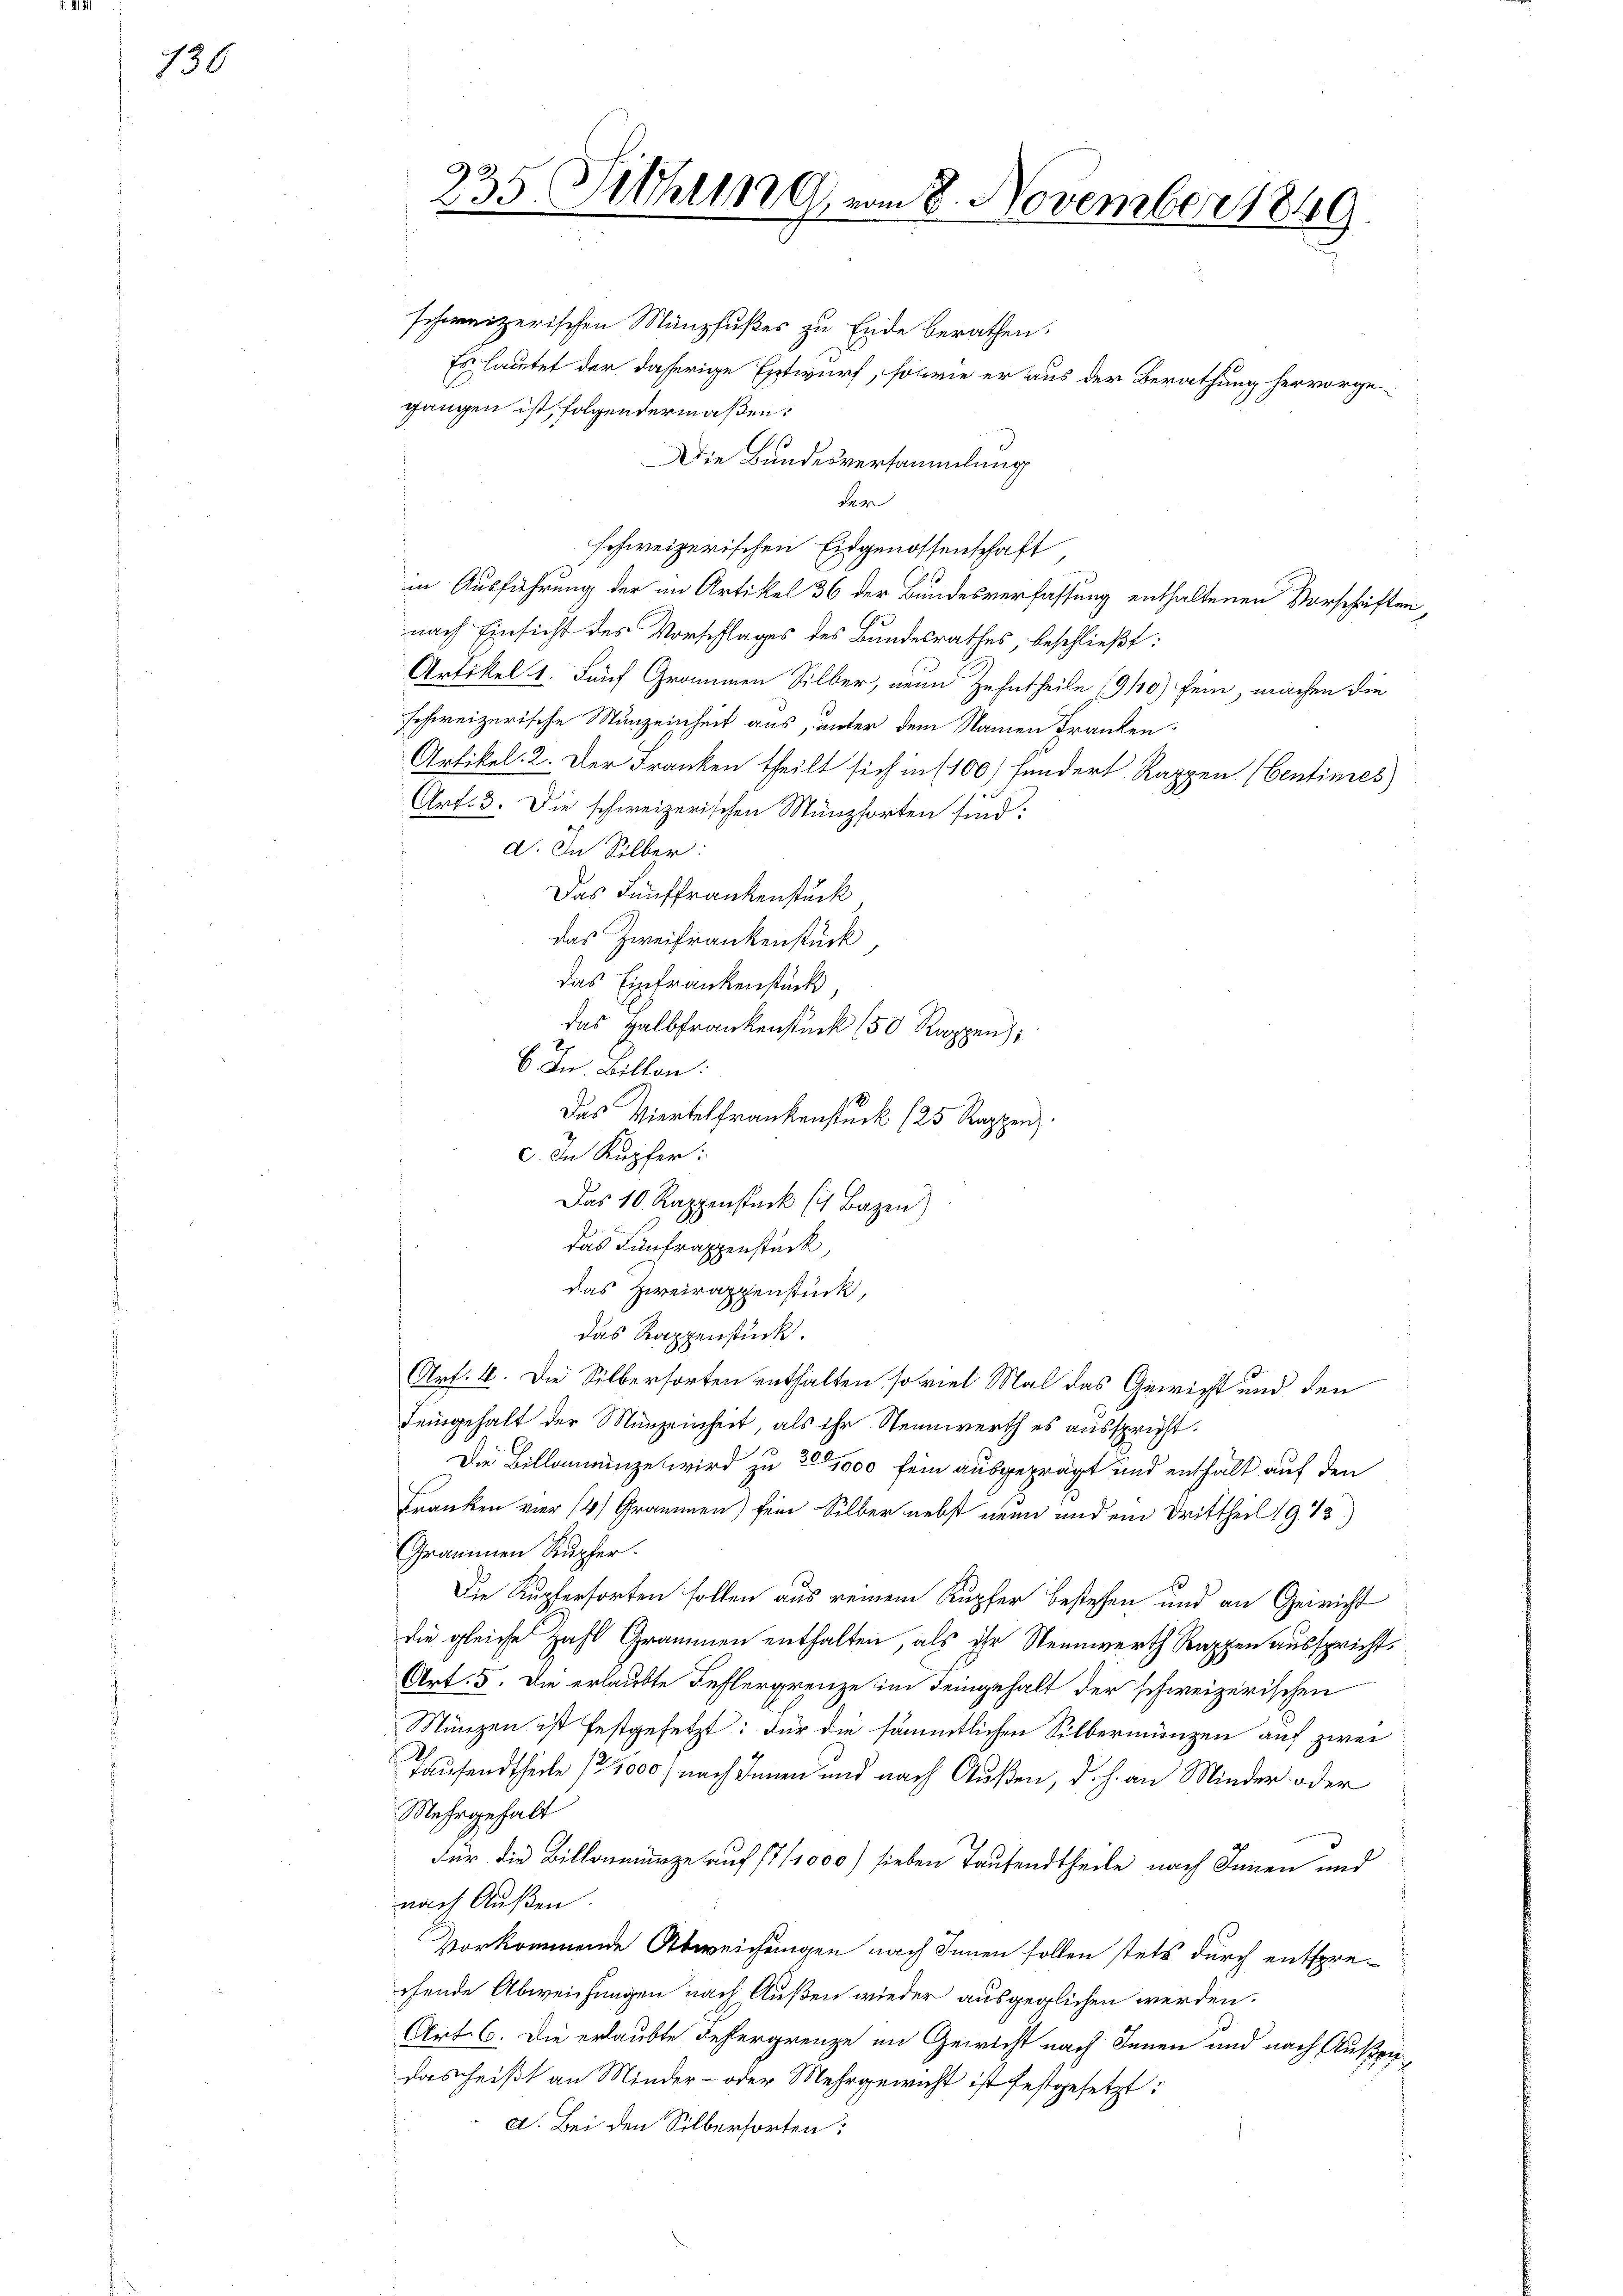
130

235 Sitzung vom 8. November 1849.

schweizerischen Münzfußes zu Ende berathen.
Es lautet der daherige Entwurf, sowie er aus der Berathung hervorgegangen ist, folgendermaßen:
Die Bundesversammlung
der
schweizerischen Eidgenossenschaft
in Ausführung der im Artikel 36 der Bundesverfassung enthaltenen Vorschriften,
nach Einsicht des Vorschlages des Bundesrathes, beschließt:
Artikel 1. Fünf Grommen Silber, neun Zehntheile 1910) sein, machen die
schweizerische Münzeinheit aus, unter dem Namen Franken-
Artikel. 2. Der Franken theilt sich in (100/ fundert Rappen (Centimes)
Art. 3. Die schweizerischen Munzforten sind:
d. In Silber:
Das Fünffrankenstück
das Zweifrankenstück,
das Einfrankenstück,
das Halbfrankenstück (50 Rappen);
r
C. In Billon:
Das Viertelfrankenstück (25 Rappen.
2
c. In Kupfer:
Das 10. Rappenstück ( Bazen)
das Fünfrappenstück,
das Zweirappenstück,
das Kappenstück.
Art. 4. Die Silberforten enthalten so viel Mal das Gewicht und den
Leingehalt der Münzeinheit, als ihr Nennwerth es ausspricht.
Die Billannunge wird zu 200,000 fein ausgeprägt und enthält auf den
Franken vier 14) Grammen) sein Silber nebst neun und ein Drittheil 1943.)
Grammen Kupfer.
Die Kupferforten sollen aus reinem Kupfer bestehen und an Gericht
die gleiche Zahl Grammen enthalten, als ihr Nennwerth Rappen ausspricht,
Art. 5. Die erlaubte Fehlergrenze im Deingehalt der schweizerischen
Münzen ist festgesetzt: Für die sämmtlichen Silbermünzen auf zwei
Tausendtheile 172000, nach Innen und nach Außen, d. h. an Minder oder
Mehrgehalt
Für die Billamünze auf 17/1000) sieben Taufendtheile nach Innen und
nach Außen.
vorkommende Abweichungen nach Innen sollen stets durch entsprechende Abweichungen nach Außen wieder ausgeglichen werden.
Art 6. Die erlaubte Fehlergrenze im Gewicht nach Innen und nach Außer
das heißt an Minder- oder Mehrgewicht ist festgesetzt:
a. Bei den Silberforten: